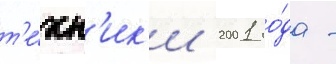
т'е́хн'ик'и 2001 го́да -